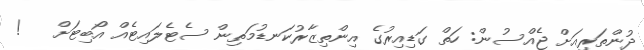
ދުންތަރިއަށް ޖެއްސުން: ހަތް ގަޑިއިރުގެ އިންތިޒާރުކަނޑުމަތިން ސެޓެލައިޓެއް އޯބިޓަށް   !